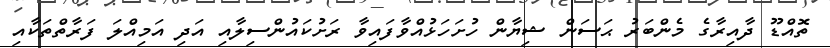
ތޮއްޑޫ ދާއިރާގެ މެންބަރު ޙަސަން ޝިޔާން ހުށަހަޅުއްވާފައިވާ ރަށުކައުންސިލާއި އަދި އަމިއްލަ ފަރާތްތަކާއި